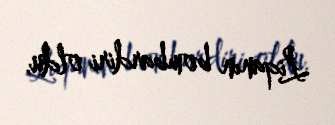
Liqanın bombardiri oldu.